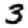
Digit: 3